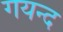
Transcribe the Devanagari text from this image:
गयन्द